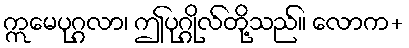
ဣမေပုဂ္ဂလာ၊ ဤပုဂ္ဂိုလ်တို့သည်။ လောက+